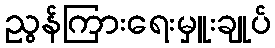
ညွန်ကြားရေးမှူးချုပ်